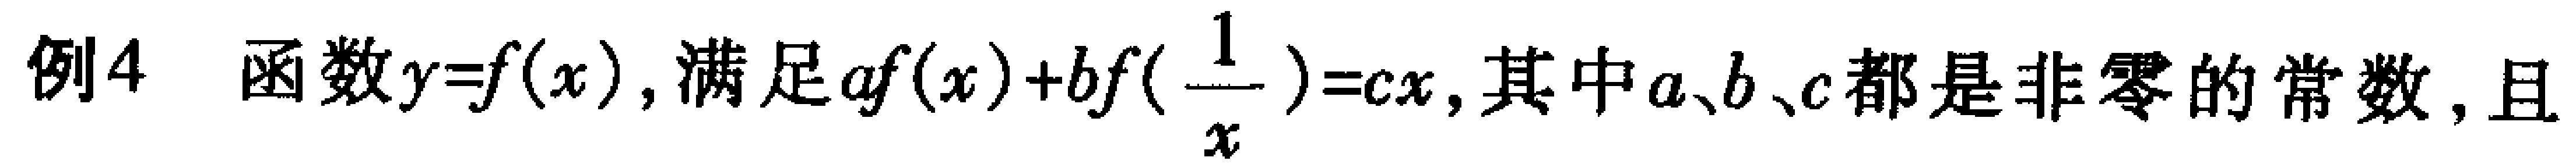
例4 函数$y = f(x)$，满足$af(x)+bf(\frac{1}{x}) = cx$，其中$a、b、c$都是非零的常数，且